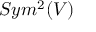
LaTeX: S y m ^ { 2 } ( V )